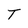
Character: T